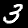
Digit: 3